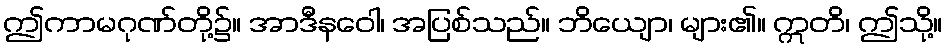
ဤကာမဂုဏ်တို့၌။ အာဒီနဝေါ၊ အပြစ်သည်။ ဘိယျော၊ များ၏။ ဣတိ၊ ဤသို့။